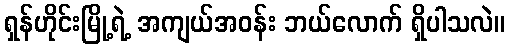
ရှန်ဟိုင်းမြို့ရဲ့ အကျယ်အဝန်း ဘယ်လောက် ရှိပါသလဲ။